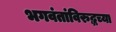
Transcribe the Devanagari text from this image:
भगवंतांविरुद्धच्या